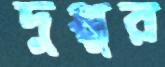
দুপ্পুর